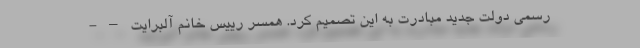
رسمی دولت جدید مبادرت به این تصمیم کرد. همسر رییس خانم آلبرایت – -